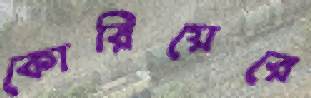
কোরিয়েরে